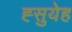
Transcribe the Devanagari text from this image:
ह्सुयेह